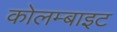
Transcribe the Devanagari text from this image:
कोलम्बाइट